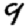
Digit: 9